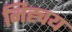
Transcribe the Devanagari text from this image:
निह्चय